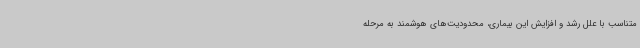
متناسب با علل رشد و افزایش این بیماری، محدودیت‌های هوشمند به مرحله